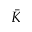
\bar { K }